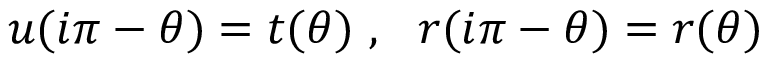
u ( i \pi - \theta ) = t ( \theta ) ~ , ~ ~ r ( i \pi - \theta ) = r ( \theta )